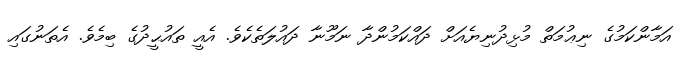
އަމާންކަމުގެ ނިޢުމަތް މުޅިދުނިޔެއަށް ދައްކަމުންދާ ނަމޫނާ ދައުލަތެކެވެ. އެއީ ތައުޙީދުގެ ބިމެވެ. އެތަނުގައި